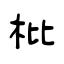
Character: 枇